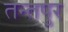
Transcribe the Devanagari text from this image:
तन्तपुर